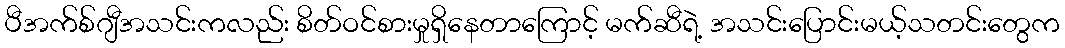
ပီအက်စ်ဂျီအသင်းကလည်း စိတ်ဝင်စားမှုရှိနေတာကြောင့် မက်ဆီရဲ့ အသင်းပြောင်းမယ့်သတင်းတွေက